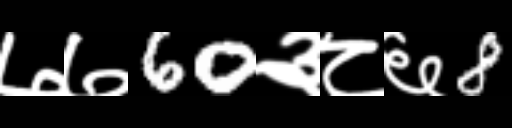
Text: ७७60३८६8